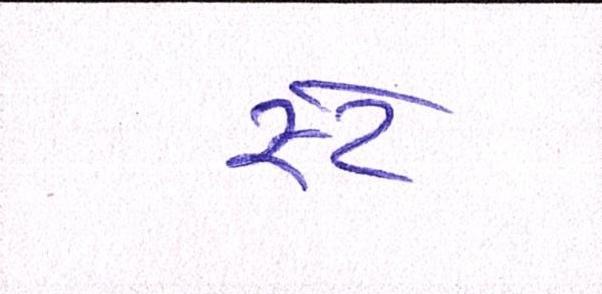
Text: સ્ટે